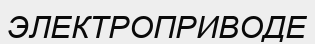
ЭЛЕКТРОПРИВОДЕ